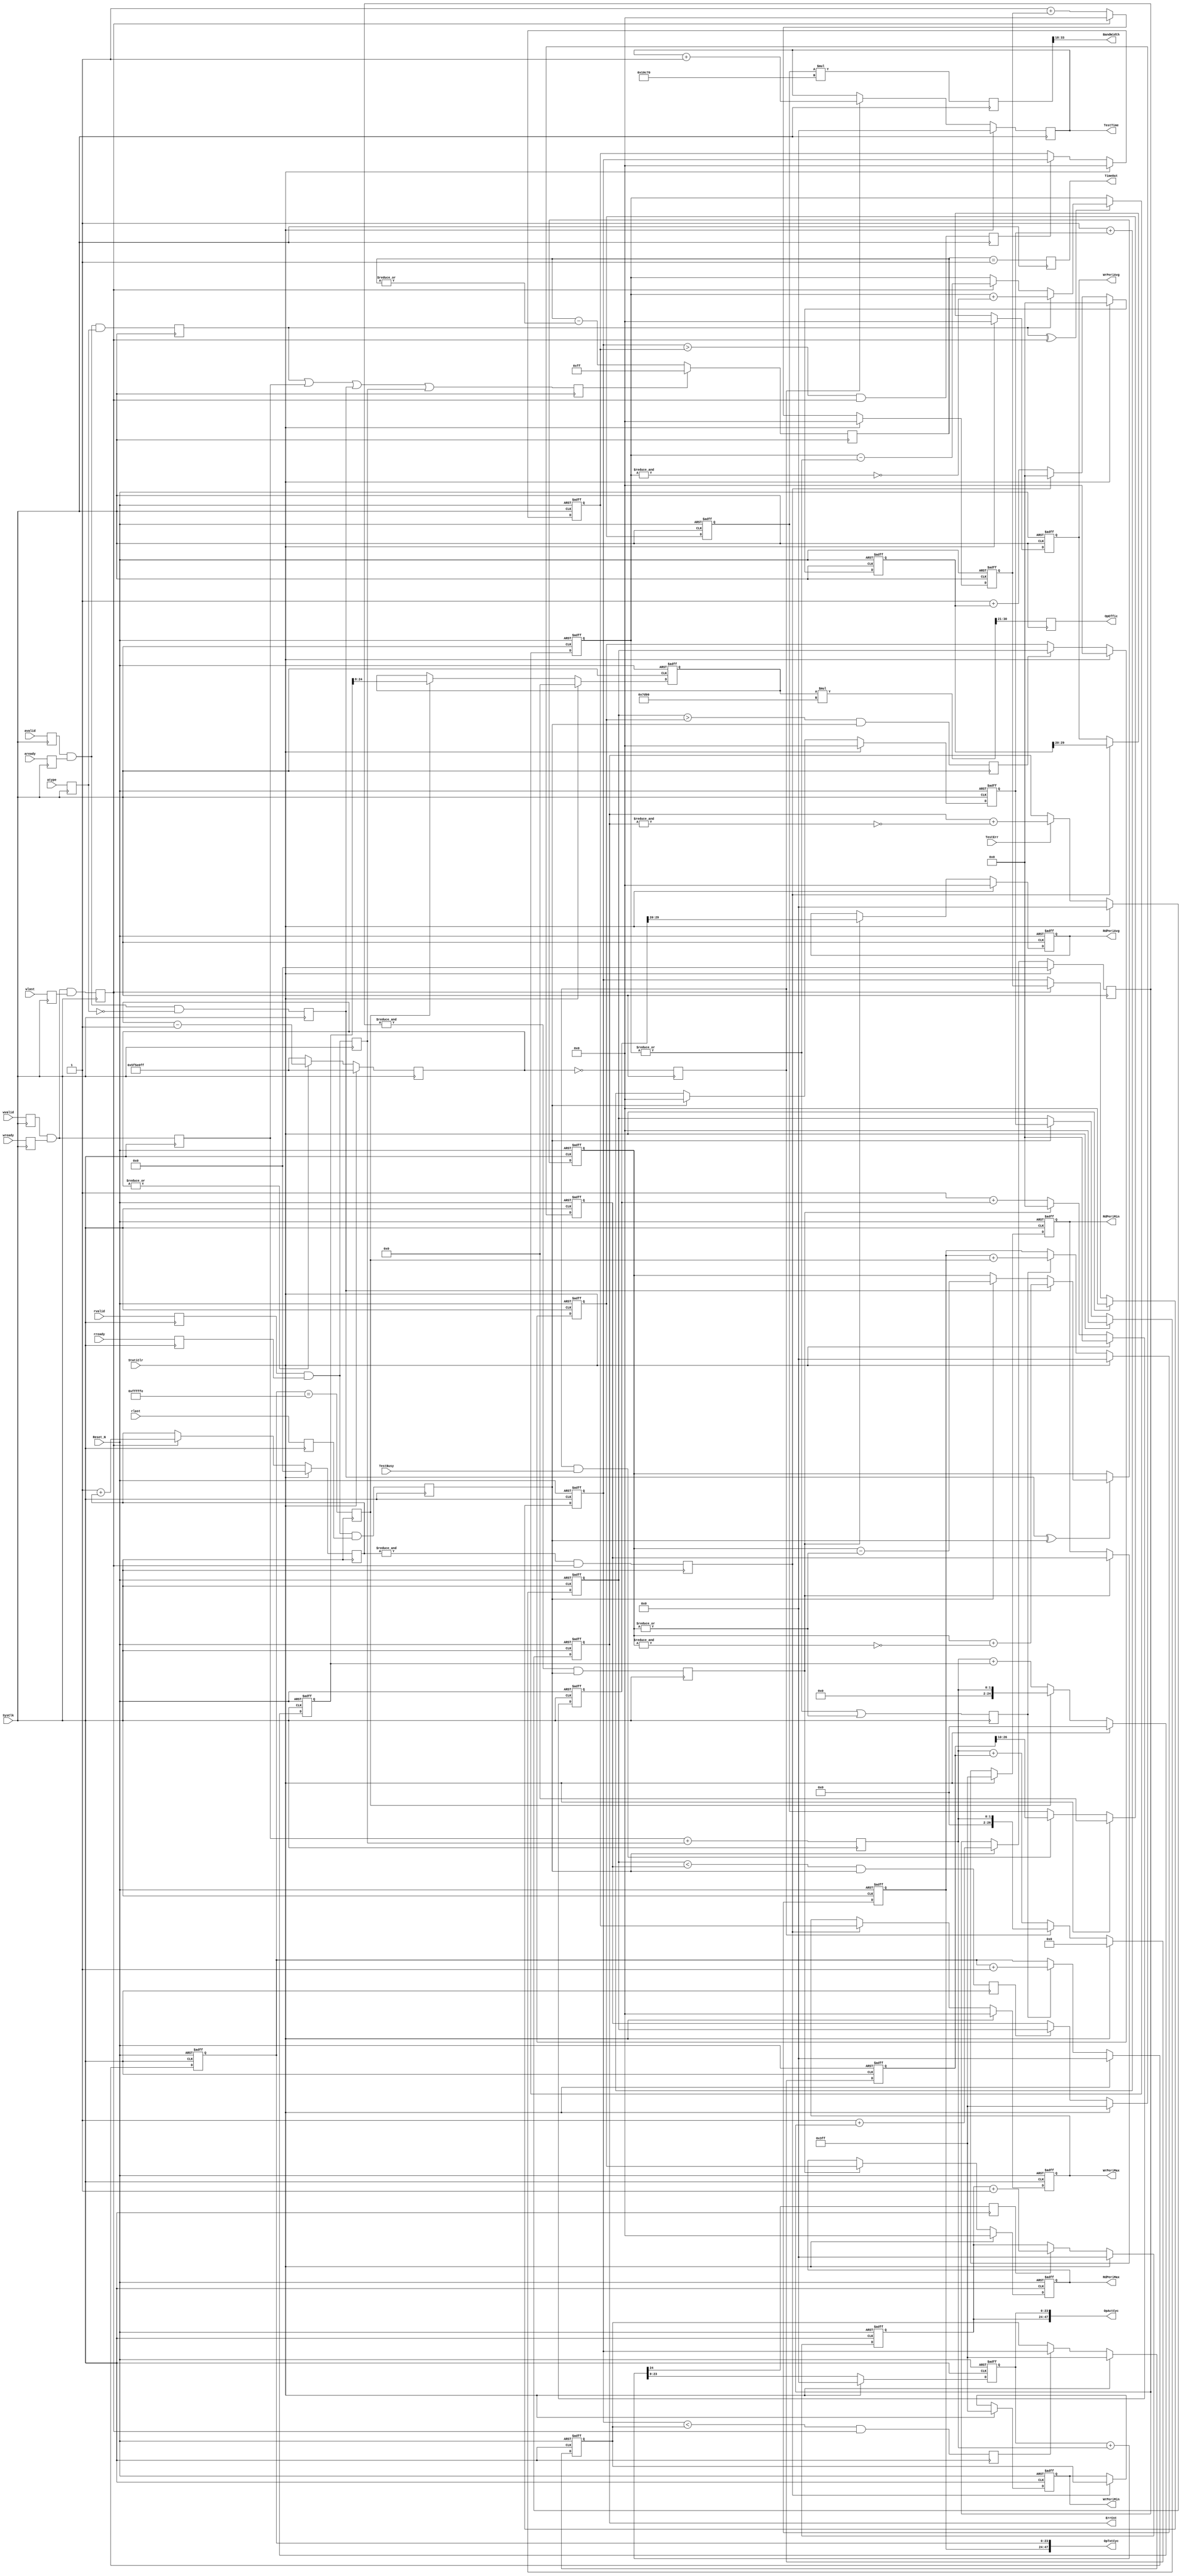
`timescale 100ps/10ps

////////////////// AxiStat /////////////////////////////
/**********************************************************
  Function Description: 

  Establishment : Richard Zhu 
  Create date   : 2020-01-25 
  Versions      : V0.1 
  Revision of records: 
  Ver0.1
  
**********************************************************/

module DdrTestStatic
# (
  	parameter   DDR_CLK_PERIOD  = 32'd800_000_000 ,
  	parameter   AXI_CLK_PERIOD  = 32'd100_000_000 ,
  	parameter   DDR_DATA_WIDTH  = 32              ,
  	parameter   AXI_DATA_WIDTH  = 256             
  )
( 
  //System Signal
  input           SysClk    , //(O)System Clock
  input           Reset_N   , //(I)System Reset (Low Active)
  //DDR Controner Operate Statistics Control & Result
  input           TestBusy  , //(I)Test Busy State  
  input           TestErr   , //(I)Test Read Data Error
  input           StatiClr  , //(I)Staistics Couter Clear
  output  [23:0]  TestTime  , //(O)Test Time      
  output  [23:0]  ErrCnt    , //(O)Test Error Counter   
  output  [47:0]  OpTotCyc  , //(O)Total Operate Cycle Counter
  output  [47:0]  OpActCyc  , //(O)Actual Operate Cycle Counter
  output  [ 9:0]  OpEffic   , //(O)Operate Efficiency
  output  [15:0]  BandWidth , //(O)BandWidth
  output  [9:0]   WrPeriMin , //Write Minimum Period For One Burst
  output  [9:0]   WrPeriAvg , //Write Average Period For One Burst
  output  [9:0]   WrPeriMax , //Write maximum Period For One Burst
  output  [9:0]   RdPeriMin , //Read Minimum Period For One Burst
  output  [9:0]   RdPeriAvg , //Read Average Period For One Burst
  output  [9:0]   RdPeriMax , //Read maximum Period For One Burst
  output          TimeOut   , //(O)TimeOut
  //DDR Controner AXI4 Signal
  input           avalid    , //(I)[Addres] Address Valid
  input           aready    , //(I)[Addres] Address Ready
  input           atype     , //(I)[Addres] Operate Type 0=Read, 1=Write
  input           wlast     , //(I)[Write]  Data Last
  input           wvalid    , //(I)[Write]  Data Valid
  input           wready    , //(I)[Write]  Data Ready
  input           rlast     , //(I)[Read]   Data Last
  input           rvalid    , //(I)[Read]   Data Valid
  input           rready      //(I)[Read]   Data Ready
);

 	//Define  Parameter
	/////////////////////////////////////////////////////////
	parameter		TCo_C   		= 1;    
	
	localparam [80:0] CalcEfficCoaf_C = ( AXI_CLK_PERIOD  * AXI_DATA_WIDTH  * {64'h0,17'h1_f4_00}) 
	                                  / ( DDR_CLK_PERIOD  * DDR_DATA_WIDTH );
	
	localparam [16:0] EFFICIENCY_COAF = CalcEfficCoaf_C[18:2]; 
	
	localparam [16:0] BANDWIDTH_COAF  = (AXI_DATA_WIDTH == 256) ? 17'h1_0c_70 : 17'h0_86_38;
	                                                
	/////////////////////////////////////////////////////////

  
//1111111111111111111111111111111111111111111111111111111
//	 
//	Input
//	output
//***************************************************/ 
  
  /////////////////////////////////////////////////////////
  
  reg Reg_avalid  ; //(O)[Addres] Address Valid
  reg Reg_aready  ; //(I)[Addres] Address Ready
  reg Reg_atype   ; //(O)[Addres] Operate Type 0=Read, 1=Write
  reg Reg_wlast   ; //(O)[Write]  Data Last
  reg Reg_wvalid  ; //(O)[Write]  Data Valid
  reg Reg_wready  ; //(I)[Write]  Data Ready
  reg Reg_rlast   ; //(I)[Read]   Data Last
  reg Reg_rvalid  ; //(I)[Read]   Data Valid
  reg Reg_rready  ; //(O)[Read]   Data Ready
  
  always @( posedge SysClk)   Reg_avalid  <= # TCo_C  avalid; //(O)[Addres] Address Valid
  always @( posedge SysClk)   Reg_aready  <= # TCo_C  aready; //(I)[Addres] Address Ready
  always @( posedge SysClk)   Reg_atype   <= # TCo_C  atype ; //(O)[Addres] Operate Type 0=Read, 1=Write
  always @( posedge SysClk)   Reg_wlast   <= # TCo_C  wlast ; //(O)[Write]  Data Last
  always @( posedge SysClk)   Reg_wvalid  <= # TCo_C  wvalid; //(O)[Write]  Data Valid
  always @( posedge SysClk)   Reg_wready  <= # TCo_C  wready; //(I)[Write]  Data Ready
  always @( posedge SysClk)   Reg_rlast   <= # TCo_C  rlast ; //(I)[Read]   Data Last
  always @( posedge SysClk)   Reg_rvalid  <= # TCo_C  rvalid; //(I)[Read]   Data Valid
  always @( posedge SysClk)   Reg_rready  <= # TCo_C  rready; //(O)[Read]   Data Ready
  
  /////////////////////////////////////////////////////////
  reg   WrAddrAva;
  reg   WrDataAva;
  reg   WrDataEnd;
  
  always @( posedge SysClk)  WrAddrAva <= # TCo_C Reg_avalid & Reg_aready & Reg_atype ;
  always @( posedge SysClk)  WrDataAva <= # TCo_C Reg_wvalid & Reg_wready             ;
  always @( posedge SysClk)  WrDataEnd <= # TCo_C Reg_wvalid & Reg_wready & Reg_wlast ;
  
  
  /////////////////////////////////////////////////////////
  reg   RdAddrAva;
  reg   RdDataAva;
  reg   RdDataEnd;
  
  always @( posedge SysClk)  RdAddrAva <= # TCo_C Reg_avalid & Reg_aready & (~Reg_atype);
  always @( posedge SysClk)  RdDataAva <= # TCo_C Reg_rvalid & Reg_rready               ;
  always @( posedge SysClk)  RdDataEnd <= # TCo_C Reg_rvalid & Reg_rready &   Reg_rlast ;
  
  /////////////////////////////////////////////////////////   
  reg         Axi4Active = 1'h0 ; 
  reg   [7:0] TimeOutCnt = 8'hff;
  reg         TimeOutAva = 1'h0 ;
  
  always @( posedge SysClk)   Axi4Active  <= # TCo_C  WrAddrAva | WrDataAva | RdAddrAva | RdDataAva;
  always @( posedge SysClk)   TimeOutCnt  <= # TCo_C  Axi4Active ? 8'hff : (TimeOutCnt - {7'h0,(|TimeOutCnt)});
  always @( posedge SysClk)   TimeOutAva  <= # TCo_C  (TimeOutCnt == 8'h1);
  
  assign  TimeOut = TimeOutAva;
    
  /////////////////////////////////////////////////////////    
  reg [27:0]  SecendCnt   = 28'h0;
  reg         SecendEn    =  1'h0;
  reg [23:0]  TestSecCnt  = 24'h0;
  
  always @( posedge SysClk)  
  begin
    if (StatiClr)         SecendCnt <= # TCo_C AXI_CLK_PERIOD - 28'h1; 
    else if (|SecendCnt)  SecendCnt <= # TCo_C SecendCnt      - 28'h1;
    else                  SecendCnt <= # TCo_C AXI_CLK_PERIOD - 28'h1;
  end
  
  always @( posedge SysClk)  SecendEn <= # TCo_C (SecendCnt == 28'h0);  
  always @( posedge SysClk)  
  begin
    if (StatiClr)       TestSecCnt <= # TCo_C 24'h0;
    else if (SecendEn)  TestSecCnt <= # TCo_C TestSecCnt + 24'h1;
  end
    
  /////////////////////////////////////////////////////////
  reg [23:0]  OpErrCnt;
  
  always @( posedge SysClk or negedge Reset_N)    
  begin
    if (~Reset_N)       OpErrCnt <= # TCo_C 24'h0;
    else if (StatiClr)  OpErrCnt <= # TCo_C 24'h0;
    else if (TestErr )  OpErrCnt <= # TCo_C OpErrCnt + {23'h0,(~&OpErrCnt)};
  end
       
  /////////////////////////////////////////////////////////  
  assign  TestTime  = TestSecCnt ; //(O)Test Time
  assign  ErrCnt    = OpErrCnt   ; //(O)Test Error Counter     
      
//1111111111111111111111111111111111111111111111111111111




//2222222222222222222222222222222222222222222222222222222
//	
//	Input
//	output
//***************************************************/ 

  /////////////////////////////////////////////////////////
  reg [7:0] WrBurstCnt  = 8'h0;
  reg [7:0] RdBurstCnt  = 8'h0;
  reg       OperateAva  = 1'h0;
  
  always @( posedge SysClk or negedge Reset_N)  
  begin
    if (~Reset_N)         WrBurstCnt <= # TCo_C 8'h0;
    else if (WrAddrAva ^ WrDataEnd)
    begin
      if (WrAddrAva)        WrBurstCnt <= # TCo_C WrBurstCnt + {7'h0,(~&WrBurstCnt)};
      else if (WrDataEnd)   WrBurstCnt <= # TCo_C WrBurstCnt - {7'h0,( |WrBurstCnt)};
    end
  end
    
  always @( posedge SysClk or negedge Reset_N)  
  begin
    if (~Reset_N)         RdBurstCnt <= # TCo_C 8'h0;
    else if (RdAddrAva ^ RdDataEnd)
    begin
      if (RdAddrAva)      RdBurstCnt <= # TCo_C RdBurstCnt + {7'h0,(~&RdBurstCnt)};
      else if (RdDataEnd) RdBurstCnt <= # TCo_C RdBurstCnt - {7'h0,( |RdBurstCnt)};
    end
  end
    
  always @( posedge SysClk)  OperateAva <= # TCo_C (|WrBurstCnt) | (|RdBurstCnt);
  
  /////////////////////////////////////////////////////////
  reg [23:0]  OpTotalCntL  = 24'h0;
  reg [23:0]  OpTotalCntH  = 24'h0;
  reg         OpTotalCryEn =  1'h0;
  
  always @( posedge SysClk or negedge Reset_N)    
  begin
    if (~Reset_N)         OpTotalCntL <= # TCo_C 24'h0;
    else if (StatiClr)    OpTotalCntL <= # TCo_C 24'h0;
    else if (OperateAva)  OpTotalCntL <= # TCo_C OpTotalCntL + 24'h1;
  end
  
  always @( posedge SysClk)   OpTotalCryEn <= # TCo_C  (OpTotalCntL == 24'hff_ff_fe);  
  
  always @( posedge SysClk or negedge Reset_N)    
  begin
    if (~Reset_N)         OpTotalCntH <= # TCo_C 24'h0;
    else if (StatiClr)    OpTotalCntH <= # TCo_C 24'h0;
    else if (OperateAva)  OpTotalCntH <= # TCo_C OpTotalCntH + {23'h0,OpTotalCryEn};
  end
  
  /////////////////////////////////////////////////////////  
  assign  OpTotCyc   = {OpTotalCntH , OpTotalCntL}; ////(O)Total Operate Cycle Counter
  
  /////////////////////////////////////////////////////////
  
//2222222222222222222222222222222222222222222222222222222 


//3333333333333333333333333333333333333333333333333333333
//	
//	Input
//	output
//***************************************************/ 
  /////////////////////////////////////////////////////////
  reg [1:0] OpAvaCycle;
  
  always @( posedge SysClk)  OpAvaCycle <= # TCo_C {1'h0,WrDataAva} + {1'h0,RdDataAva};
  
  /////////////////////////////////////////////////////////
  reg [23:0]  OpActualCntL    = 24'h0;
  reg [23:0]  OpActualCntH    = 24'h0;
  reg         OpActualCryEn   =  1'h0;
  
  wire  [24:0]  CalcOpActual = OpActualCntL + {23'h0,OpAvaCycle};
  
  always @( posedge SysClk or negedge Reset_N)    
  begin
    if (~Reset_N)             OpActualCntL <= # TCo_C 24'h0;
    else if (StatiClr)        OpActualCntL <= # TCo_C 24'h0;
    else                      OpActualCntL <= # TCo_C CalcOpActual[23:0];
  end
  
  always @( posedge SysClk)   OpActualCryEn <= # TCo_C  CalcOpActual[24];  
  
  always @( posedge SysClk or negedge Reset_N)    
  begin
    if (~Reset_N)             OpActualCntH <= # TCo_C 24'h0;
    else if (StatiClr)        OpActualCntH <= # TCo_C 24'h0;
    else if (OpActualCryEn)   OpActualCntH <= # TCo_C  OpActualCntH + 24'h1;
  end
  
  /////////////////////////////////////////////////////////  
  assign  OpActCyc    = {OpActualCntH , OpActualCntL}  ; //(O)Actual Operate Cycle Counter
  
  
//3333333333333333333333333333333333333333333333333333333



//4444444444444444444444444444444444444444444444444444444
//	
//	Input
//	output
//***************************************************/ 
  /////////////////////////////////////////////////////////     
  reg   [24:0]  OpEfficCnt;
  reg   [16:0]  OpEfficReg;    
    
  always @( posedge SysClk or negedge Reset_N)    
  begin
    if (~Reset_N)           OpEfficCnt <= # TCo_C 25'h0;
    else if (StatiClr)      OpEfficCnt <= # TCo_C 25'h0;
    else if (OpTotalCryEn)  OpEfficCnt <= # TCo_C {23'h0,OpAvaCycle};
    else                    OpEfficCnt <= # TCo_C {23'h0,OpAvaCycle} + OpEfficCnt; 
  end
  
  always @( posedge SysClk or negedge Reset_N)  
  begin
    if (~Reset_N)           OpEfficReg <= # TCo_C 17'h0;
    else if (StatiClr)      OpEfficReg <= # TCo_C 17'h0;
    else if (OpTotalCryEn)  OpEfficReg <= # TCo_C OpEfficCnt[24:8];
  end
  
  /////////////////////////////////////////////////////////
  reg   [ 9:0]  EfficiencyReg ;
  wire  [33:0]  EfficiencyCalc  = OpEfficReg * EFFICIENCY_COAF;
  
  always @( posedge SysClk)  EfficiencyReg <= # TCo_C EfficiencyCalc[30:21];
                     
  /////////////////////////////////////////////////////////
  assign  OpEffic = EfficiencyReg ; //(O)Operate Efficiency
  
//4444444444444444444444444444444444444444444444444444444


//5555555555555555555555555555555555555555555555555555555
//	
//	Input
//	output
//***************************************************/ 
  /////////////////////////////////////////////////////////     
  reg   [26:0]  OpCycSecCnt;
  reg   [16:0]  OpCycSecReg;    
    
  always @( posedge SysClk or negedge Reset_N)    
  begin
    if (~Reset_N)       OpCycSecCnt <= # TCo_C 27'h0;
    else if (StatiClr)  OpCycSecCnt <= # TCo_C 27'h0;
    else if (SecendEn)  OpCycSecCnt <= # TCo_C {25'h0,OpAvaCycle};
    else                OpCycSecCnt <= # TCo_C {25'h0,OpAvaCycle} + OpCycSecCnt; 
  end
  
  wire  BWCalcEn = SecendEn & TestBusy;
  
  always @( posedge SysClk or negedge Reset_N)  
  begin
    if (~Reset_N)       OpCycSecReg <= # TCo_C 10'h0;
    else if (StatiClr)  OpCycSecReg <= # TCo_C 10'h0;
    else if (BWCalcEn)  OpCycSecReg <= # TCo_C OpCycSecCnt[26:10];
  end
  
  /////////////////////////////////////////////////////////
  reg   [33:0]  BandWidthReg  ;
  
  always @( posedge SysClk)  BandWidthReg <= # TCo_C OpCycSecReg * BANDWIDTH_COAF;
  
  /////////////////////////////////////////////////////////
  assign  BandWidth =  BandWidthReg[33:18];  //{1'h0,OpCycSecReg[26:11] ; //(O)BandWidth
  
//5555555555555555555555555555555555555555555555555555555


//6666666666666666666666666666666666666666666666666666666
//	
//	Input
//	output
//***************************************************/ 
                 
  /////////////////////////////////////////////////////////
  reg [19:0]  WrPeriodCnt     = 20'h0;
  reg         WrPeriodStaEn   =  1'h0;
  
  always @( posedge SysClk)  
  begin
    if (StatiClr )            WrPeriodCnt     <= # TCo_C  20'h0 ;
    else if (WrDataEnd)       WrPeriodCnt     <= # TCo_C  20'h1 + WrPeriodCnt;
  end
  
  always @( posedge SysClk)   WrPeriodStaEn   <= # TCo_C  &WrPeriodCnt & WrDataEnd;
  
  /////////////////////////////////////////////////////////
  reg [29:0]  WrPeriodStaCnt  = 30'h0 ;
  reg [ 9:0]  WrPeriodAvgReg  = 10'h0 ;
  
  always @( posedge SysClk or negedge Reset_N)  
  begin
    if (!Reset_N)             WrPeriodStaCnt  <= # TCo_C  30'h0 ;
    else if (StatiClr)        WrPeriodStaCnt  <= # TCo_C  30'h0 ;
    else if (WrPeriodStaEn)   WrPeriodStaCnt  <= # TCo_C  30'h0 ;
    else                      WrPeriodStaCnt  <= # TCo_C  30'h1 + WrPeriodStaCnt;
  end                                                     
                                                          
  always @( posedge SysClk or negedge Reset_N)            
  begin                                                   
    if (!Reset_N)             WrPeriodAvgReg  <= # TCo_C  10'h0;
    else if (StatiClr)        WrPeriodAvgReg  <= # TCo_C  10'h0;
    else if (WrPeriodStaEn)   WrPeriodAvgReg  <= # TCo_C  WrPeriodStaCnt[29:20];
  end  
  
  /////////////////////////////////////////////////////////
  reg [9:0] CalcWrPeriodCnt   = 10'h0 ;
  reg [9:0] CalcWrPeriodReg   = 10'h0 ;
                               
  always @( posedge SysClk or negedge Reset_N)  
  begin
    if (!Reset_N)             CalcWrPeriodCnt <= # TCo_C  10'h0 ;
    else if (StatiClr)        CalcWrPeriodCnt <= # TCo_C  10'h0 ;
    else if (WrDataEnd)       CalcWrPeriodCnt <= # TCo_C  10'h0 ;
    else                      CalcWrPeriodCnt <= # TCo_C  10'h1 + CalcWrPeriodCnt;
  end                                                     
                                                          
  always @( posedge SysClk or negedge Reset_N)            
  begin                                                   
    if (!Reset_N)             CalcWrPeriodReg <= # TCo_C  10'h0;
    else if (StatiClr)        CalcWrPeriodReg <= # TCo_C  10'h0;
    else if (WrDataEnd)       CalcWrPeriodReg <= # TCo_C  CalcWrPeriodCnt;
  end
  
  /////////////////////////////////////////////////////////
  reg       WrPeriGreatMax    =  1'h0 ;
  reg [9:0] CalcWrPeriodMax   = 10'h0 ;
  reg [9:0] WrPeriodMaxReg    = 10'h0 ;
  
  always @( posedge SysClk)   WrPeriGreatMax  <= # TCo_C  (CalcWrPeriodReg > CalcWrPeriodMax) & WrDataEnd;
  always @( posedge SysClk or negedge Reset_N)  
  begin
    if (!Reset_N)             CalcWrPeriodMax <= # TCo_C  10'h0;
    else if (StatiClr)        CalcWrPeriodMax <= # TCo_C  10'h0;
//    else if (WrPeriodStaEn)   CalcWrPeriodMax <= # TCo_C  10'h0;
    else if (WrPeriGreatMax)  CalcWrPeriodMax <= # TCo_C  CalcWrPeriodReg;
  end
  
  always @( posedge SysClk or negedge Reset_N)  
  begin
    if (!Reset_N)             WrPeriodMaxReg  <= # TCo_C  10'h0;
    else if (StatiClr)        WrPeriodMaxReg  <= # TCo_C  10'h0;
    else if (WrPeriodStaEn)   WrPeriodMaxReg  <= # TCo_C  CalcWrPeriodMax;
  end  
  
  /////////////////////////////////////////////////////////
  reg       WrPeriLessMin     =  1'h0   ;
  reg [9:0] CalcWrPeriodMin   = 10'h3ff ;
  reg [9:0] WrPeriodMinReg    = 10'h3ff ;
  
  always @( posedge SysClk)   WrPeriLessMin   <= # TCo_C  (CalcWrPeriodReg < CalcWrPeriodMin) & WrDataEnd;
  always @( posedge SysClk or negedge Reset_N)            
  begin                                                   
    if (!Reset_N)             CalcWrPeriodMin <= # TCo_C  10'h3ff;
    else if (StatiClr)        CalcWrPeriodMin <= # TCo_C  10'h3ff;
//    else if (WrPeriodStaEn)   CalcWrPeriodMin <= # TCo_C  10'h3ff;
    else if (WrPeriLessMin)   CalcWrPeriodMin <= # TCo_C  CalcWrPeriodReg;
  end
  
  always @( posedge SysClk or negedge Reset_N)  
  begin
    if (!Reset_N)             WrPeriodMinReg  <= # TCo_C  10'h3ff;
    else if (StatiClr)        WrPeriodMinReg  <= # TCo_C  10'h3ff;
    else if (WrPeriodStaEn)   WrPeriodMinReg  <= # TCo_C  CalcWrPeriodMin;
  end
  
  /////////////////////////////////////////////////////////
  assign WrPeriMin = WrPeriodMinReg ; //write Minimum Period For One Burst
  assign WrPeriAvg = WrPeriodAvgReg ; //write Average  Period For One Burst
  assign WrPeriMax = WrPeriodMaxReg ; //write maximum Period For One Burst
  
//6666666666666666666666666666666666666666666666666666666



//7777777777777777777777777777777777777777777777777777777
//	
//	Input
//	output
//***************************************************/ 
                 
  /////////////////////////////////////////////////////////
  reg [19:0]  RdPeriodCnt     = 20'h0;
  reg         RdPeriodStaEn   =  1'h0;
  
  always @( posedge SysClk)  
  begin
    if (StatiClr )            RdPeriodCnt     <= # TCo_C  20'h0 ;
    else if (RdDataEnd)       RdPeriodCnt     <= # TCo_C  20'h1 + RdPeriodCnt  ;
  end                                            
                                                 
  always @( posedge SysClk)   RdPeriodStaEn   <= # TCo_C  &RdPeriodCnt & RdDataEnd;
  
  /////////////////////////////////////////////////////////
  reg [29:0]  RdPeriodStaCnt    = 30'h0 ;
  reg [9:0]   RdPeriodAvgReg    = 10'h0 ;
  
  always @( posedge SysClk or negedge Reset_N)  
  begin
    if (!Reset_N)             RdPeriodStaCnt  <= # TCo_C  30'h0 ;
    else if (StatiClr)        RdPeriodStaCnt  <= # TCo_C  30'h0 ;
    else if (RdPeriodStaEn)   RdPeriodStaCnt  <= # TCo_C  30'h0 ;
    else                      RdPeriodStaCnt  <= # TCo_C  30'h1 + RdPeriodStaCnt;
  end                                                     
                                                          
  always @( posedge SysClk or negedge Reset_N)            
  begin                                                   
    if (!Reset_N)             RdPeriodAvgReg  <= # TCo_C  10'h0 ;
    else if (StatiClr)        RdPeriodAvgReg  <= # TCo_C  10'h0 ;
    else if (RdPeriodStaEn)   RdPeriodAvgReg  <= # TCo_C  RdPeriodStaCnt[29:20];
  end  
  
  /////////////////////////////////////////////////////////
  reg [9:0] CalcRdPeriodCnt   = 10'h0;
  reg [9:0] CalcRdPeriodReg   = 10'h0;
  
  always @( posedge SysClk or negedge Reset_N)  
  begin
    if (!Reset_N)             CalcRdPeriodCnt <= # TCo_C  10'h0 ;
    else if (StatiClr)        CalcRdPeriodCnt <= # TCo_C  10'h0 ;
    else if (RdDataEnd)       CalcRdPeriodCnt <= # TCo_C  10'h0 ;
    else                      CalcRdPeriodCnt <= # TCo_C  10'h1 + CalcRdPeriodCnt;
  end
  
  always @( posedge SysClk or negedge Reset_N)  
  begin
    if (!Reset_N)             CalcRdPeriodReg <= # TCo_C  10'h0 ;
    else if (StatiClr)        CalcRdPeriodReg <= # TCo_C  10'h0 ;
    else if (RdDataEnd)       CalcRdPeriodReg <= # TCo_C  CalcRdPeriodCnt;
  end
  
  /////////////////////////////////////////////////////////
  reg       RdPeriGreatMax    =  1'h0 ;
  reg [9:0] CalcRdPeriodMax   = 10'h0 ;
  reg [9:0] RdPeriodMaxReg    = 10'h0 ;
  
  always @( posedge SysClk)   RdPeriGreatMax  <= # TCo_C  (CalcRdPeriodReg > CalcRdPeriodMax) & RdDataEnd;
  always @( posedge SysClk or negedge Reset_N)            
  begin                                                   
    if (!Reset_N)             CalcRdPeriodMax <= # TCo_C  10'h0;
    else if (StatiClr)        CalcRdPeriodMax <= # TCo_C  10'h0;
//    else if (RdPeriodStaEn)   CalcRdPeriodMax <= # TCo_C  10'h0;
    else if (RdPeriGreatMax)  CalcRdPeriodMax <= # TCo_C  CalcRdPeriodReg;
  end
  
  always @( posedge SysClk or negedge Reset_N)  
  begin
    if (!Reset_N)             RdPeriodMaxReg  <= # TCo_C  10'h0;
    else if (StatiClr)        RdPeriodMaxReg  <= # TCo_C  10'h0;
    else if (RdPeriodStaEn)   RdPeriodMaxReg  <= # TCo_C  CalcRdPeriodMax;
  end  
  
  /////////////////////////////////////////////////////////
  reg       RdPeriLessMin     =  1'h0   ;
  reg [9:0] CalcRdPeriodMin   = 10'h3ff ;
  reg [9:0] RdPeriodMinReg    = 10'h3ff ;
  
  always @( posedge SysClk)   RdPeriLessMin   <= # TCo_C  (CalcRdPeriodReg < CalcRdPeriodMin) & RdDataEnd;
  always @( posedge SysClk or negedge Reset_N)    
  begin                                         
    if (!Reset_N)             CalcRdPeriodMin <= # TCo_C  10'h3ff;
    else if (StatiClr)        CalcRdPeriodMin <= # TCo_C  10'h3ff;
//    else if (RdPeriodStaEn)   CalcRdPeriodMin <= # TCo_C  10'h3ff;
    else if (RdPeriLessMin)   CalcRdPeriodMin <= # TCo_C  CalcRdPeriodReg;
  end                                                     
                                                          
  always @( posedge SysClk or negedge Reset_N)            
  begin                                                   
    if (!Reset_N)             RdPeriodMinReg  <= # TCo_C  10'h3ff;
    else if (StatiClr)        RdPeriodMinReg  <= # TCo_C  10'h3ff;
    else if (RdPeriodStaEn)   RdPeriodMinReg  <= # TCo_C  CalcRdPeriodMin;
  end
  
  /////////////////////////////////////////////////////////
  assign RdPeriMin = RdPeriodMinReg ; //Read Minimum Period For One Burst
  assign RdPeriAvg = RdPeriodAvgReg ; //Read Average  Period For One Burst
  assign RdPeriMax = RdPeriodMaxReg ; //Read maximum Period For One Burst
  
  /////////////////////////////////////////////////////////
  
//7777777777777777777777777777777777777777777777777777777



//8888888888888888888888888888888888888888888888888888888
//	
//	Input
//	output
//***************************************************/ 
                 
  /////////////////////////////////////////////////////////
  
//8888888888888888888888888888888888888888888888888888888

endmodule

////////////////// DdrTestStat /////////////////////////////